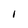
Character: 1